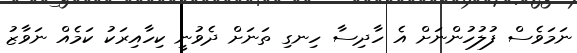
ނަމަވެސް ފުލުހުންނަށް އެ ހާދިސާ ހިނގި ތަނަށް ދެވުނީ ކިހާއިރަކު ކަމެއް ނަވާޒު